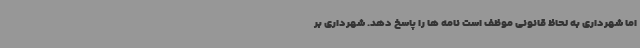
اما شهرداری به لحاظ قانونی موظف است نامه ها را پاسخ دهد. شهرداری بر